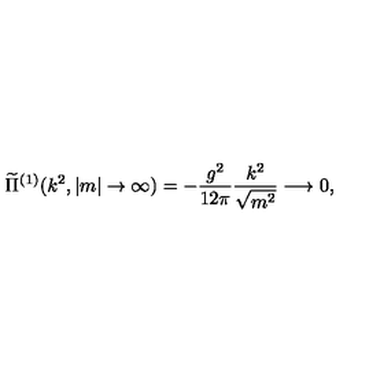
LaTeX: \widetilde { \Pi } ^ { ( 1 ) } ( k ^ { 2 } , | m | \rightarrow \infty ) = - \frac { g ^ { 2 } } { 1 2 \pi } \frac { k ^ { 2 } } { \sqrt { m ^ { 2 } } } \longrightarrow 0 ,